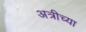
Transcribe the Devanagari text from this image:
अत्रीच्या